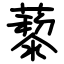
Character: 藜